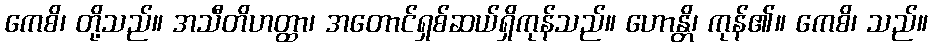
ကေစိ၊ တို့သည်။ အသီတိဟတ္ထာ၊ အတောင်ရှစ်ဆယ်ရှိကုန်သည်။ ဟောန္တိ၊ ကုန်၏။ ကေစိ၊ သည်။